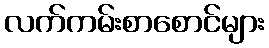
လက်ကမ်းစာစောင်များ